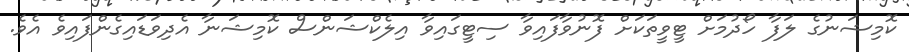
ކޮމިޝަނުގެ ލަފާ ހޯދުމަށް ޓީވީތަކަށް ފޮނުވާފައިވާ ސިޓީގައިވާ އިލެކްޝަންސް ކޮމިޝަނާ އެދިވަޑައިގެންފައިވެ އެވެ.